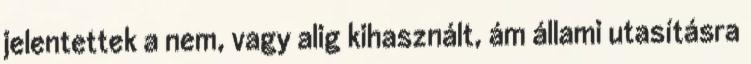
jelentettek a nem, vagy alig kihasznált, ám állami utasításra